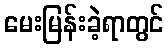
မေးမြန်းခဲ့ရာတွင်